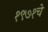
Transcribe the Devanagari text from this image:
१९७१चे